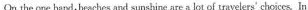
On the one hand, beaches and sunshine are a lot of travelers' choiccs In